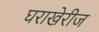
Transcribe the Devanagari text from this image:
घराखेरीज